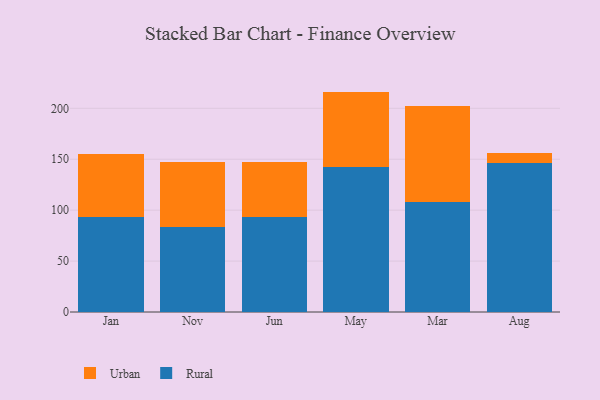
{"axis": {"x": "Month", "y": "Humidity (%)"}, "legend": ["Rural", "Urban"], "data": [{"x": "Jan", "y": 93.0, "type": "Rural"}, {"x": "Jan", "y": 62.1, "type": "Urban"}, {"x": "Nov", "y": 83.9, "type": "Rural"}, {"x": "Nov", "y": 63.5, "type": "Urban"}, {"x": "Jun", "y": 93.2, "type": "Rural"}, {"x": "Jun", "y": 53.7, "type": "Urban"}, {"x": "May", "y": 142.0, "type": "Rural"}, {"x": "May", "y": 74.4, "type": "Urban"}, {"x": "Mar", "y": 108.0, "type": "Rural"}, {"x": "Mar", "y": 94.0, "type": "Urban"}, {"x": "Aug", "y": 146.4, "type": "Rural"}, {"x": "Aug", "y": 9.7, "type": "Urban"}]}